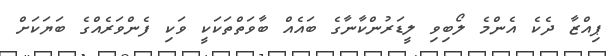
ޕިއްޒާ ދެކެ އެންމެ ލޯބިވި ލީޑަރުންކާނާގެ ބައެއް ބާވަތްތަކަކީ ވަކި ފެންވަރެއްގެ ބަޔަކަށް